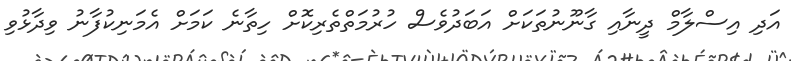
އަދި އިސްލާމް ދީނާއި ގާނޫނުތަކަށް އަބަދުވެސް ހުރުމަތްތެރިކޮށް ހިތާނެ ކަމަށް އެމަނިކުފާނު ވިދާޅުވި